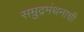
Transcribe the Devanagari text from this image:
सम्रुद्रमंथनाची